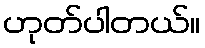
ဟုတ်ပါတယ်။